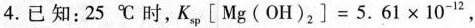
4.已知：25℃时，$$K _ { s p } [ M g ( O H _ { 2 } ] = 5 . 6 1 \times 1 0 ^ { 2 }$$ ，